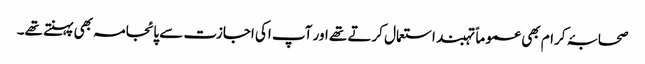
صحابۂ کرام بھی عموماً تہبند استعمال کرتے تھے اور آپ اکی اجازت سے پائجامہ بھی پہنتے تھے۔